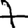
Digit: 7